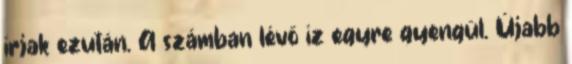
írjak ezután. A számban lévő íz egyre gyengül. Újabb